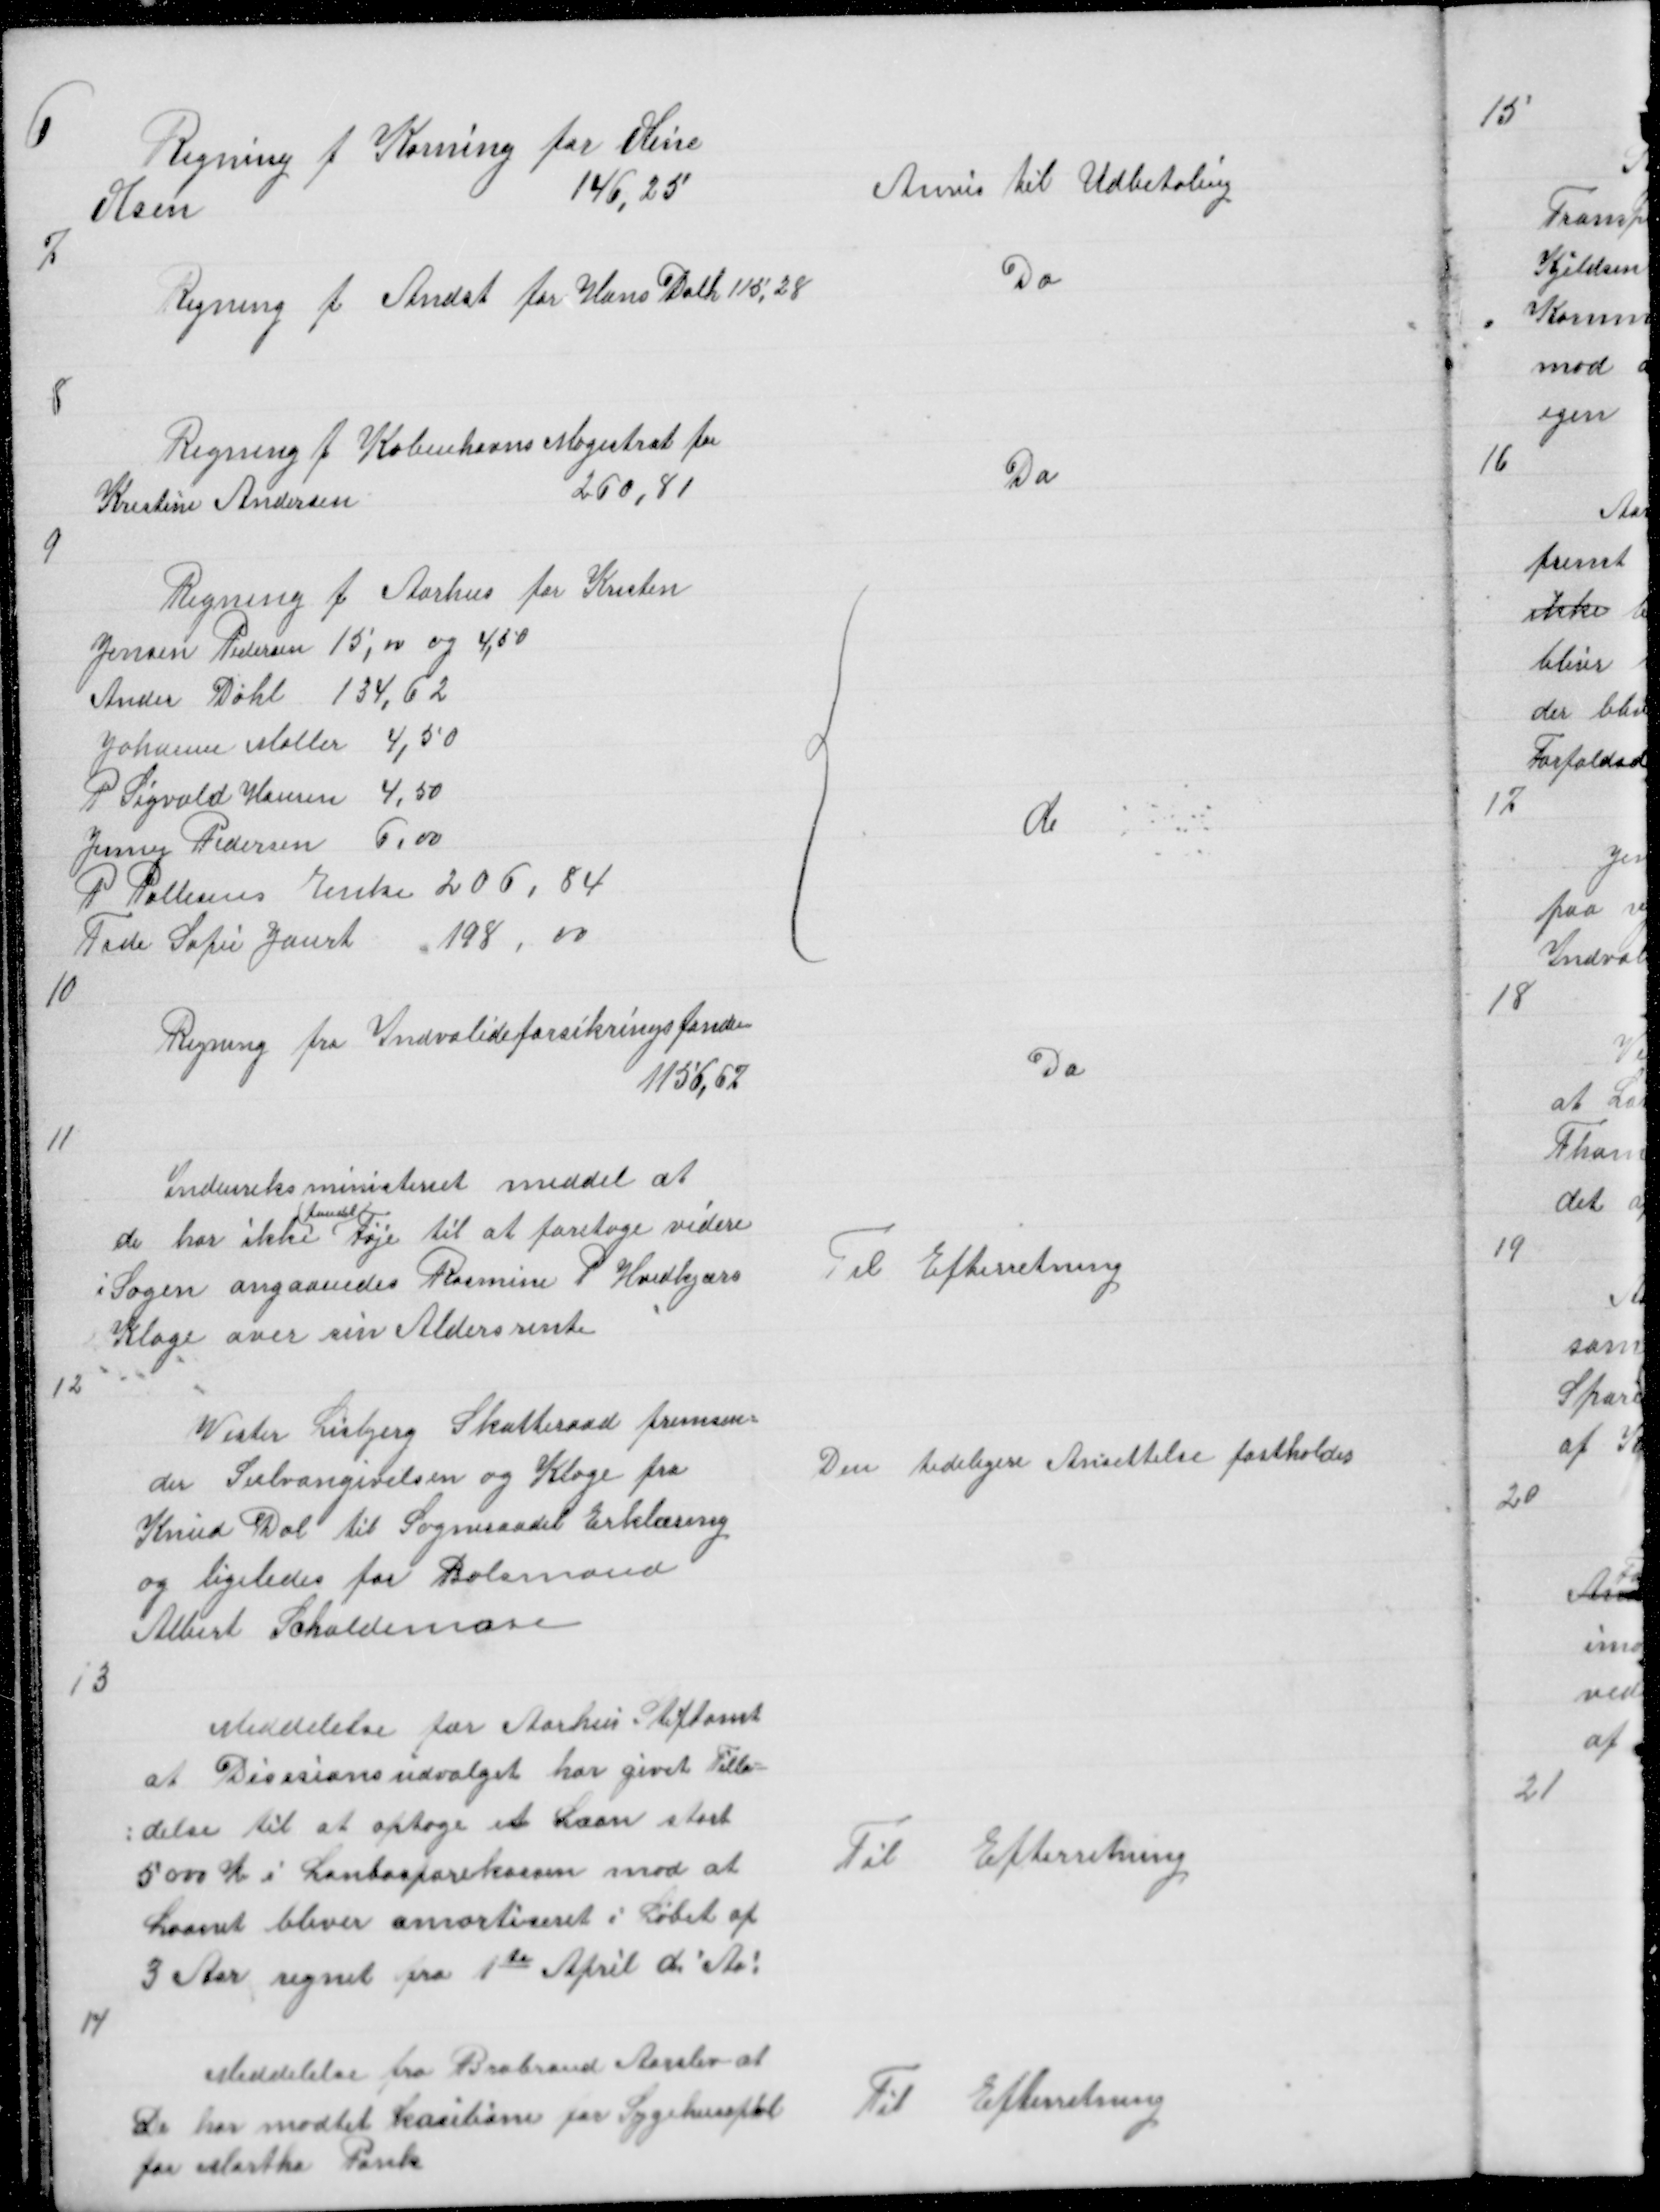
Transskription:
6

Regning f Korning for Oline
Olsen
146,25

Anvis til Udbetaling

7

Regning f Andst for Hans Dahl 115,28

Do

8

Regning f Københavns Magistrat for
Kristine Andersen
260,81

Do

9
Regning f Aarhus for Kresten
Jensen Pedersen 15,00 og 4,50
Ander Dahl 134,62
Johanne Møller 4,50
P Sigvald Hansen 4,50
Jenny Pedersen 6,00
P Pallesens Enke 206,84
Tide Sofie Jaurt 198,00

{

do

10

Regning fra Indvalideforsikringsfonden
1156,67

Do

11

Indenriksministeriet meddel at
(fundet)
de har ikke Føje til at foretage videre
i Sagen angaaendes Rasmine P Hvidkjærs
Klage over sin Aldersrente

Til Efterretning

12

Vester Lisbjerg Skatteraad fremsen =
der Selvangivelsen og Klage fra
Knud Dal til Sogneraadet Erklæring
og ligeledes foe Bolsmand
Albert Schaldemose

Den tidligere Ansettelse fastholdes

13

Meddelelse for Aarhus Stiftamt
at Disesionsudvalget har givet tilla =
= delse til at optage et Laan stort
5000 K i Lanbosparekassen mod at
Laanet bliver amortiseret i Løbet af
3 Aar regnet fra 1te April d! Aa!

Til Efterretning

14

Meddelelse fra Brabrand Aarslev at
De har modtet kautione for Sygehusophol
for Martha Pank

Til Efterretning